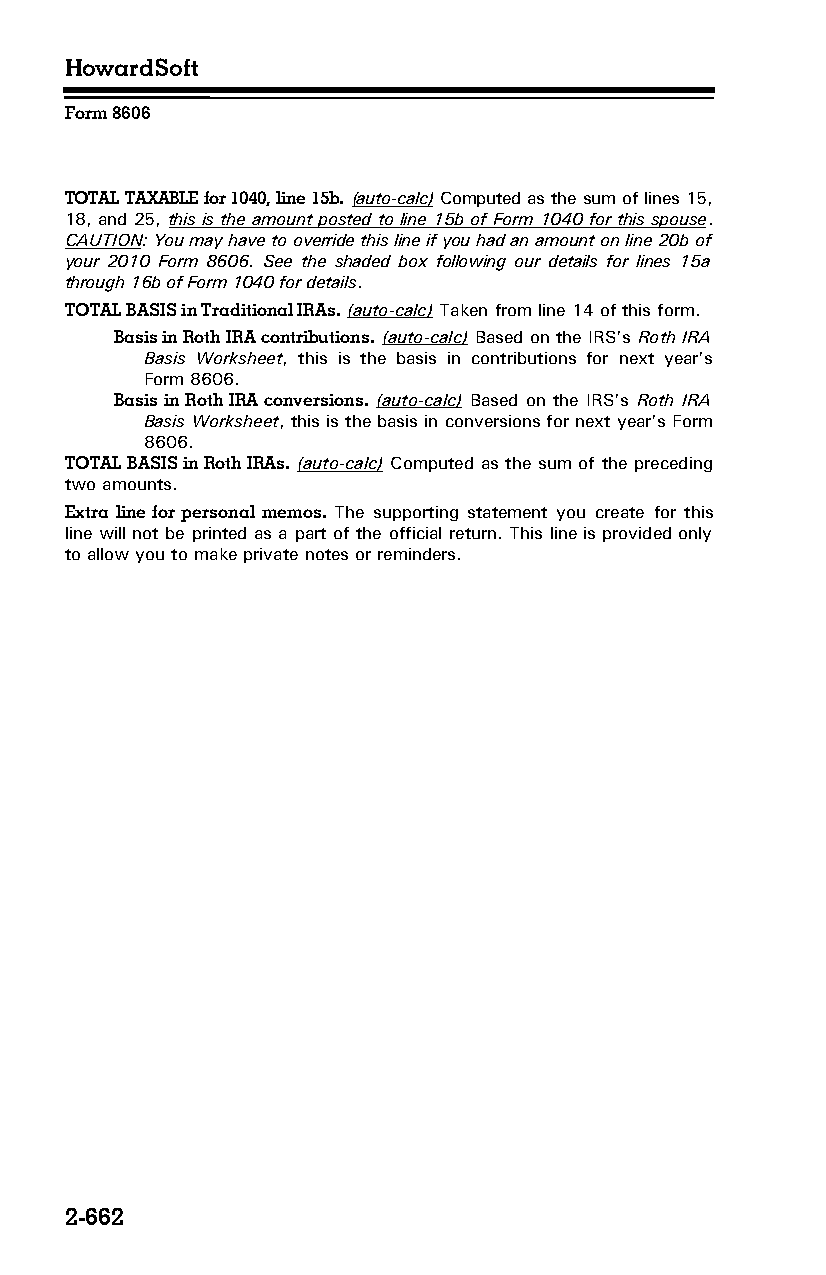
HowardSoft
 Form 8606
 TOTAL TAXABLE for 1040, line 15b. (auto-calc) Computed as the sum of lines 15,
 18, and 25, this is the amount posted to line 15b of Form 1040 for this spouse.
 CAUTION: You may have to override this line if you had an amount on line 20b of
 your 2010 Form 8606. See the shaded box following our details for lines 15a
 through 16b of Form 1040 for details.
 TOTAL BASIS in Traditional IRAs. (auto-calc) Taken from line 14 of this form.
 Basis in Roth IRA contributions. (auto-calc) Based on the IRS’s Roth IRA
 Basis Worksheet, this is the basis in contributions for next year’s
 Form 8606.
 Basis in Roth IRA conversions. (auto-calc) Based on the IRS’s Roth IRA
 Basis Worksheet, this is the basis in conversions for next year’s Form
 8606.
 TOTAL BASIS in Roth IRAs. (auto-calc) Computed as the sum of the preceding
 two amounts.
 Extra line for personal memos. The supporting statement you create for this
 line will not be printed as a part of the official return. This line is provided only
 to allow you to make private notes or reminders.
 2-662